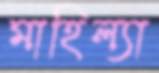
মাহিল্যা